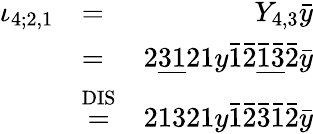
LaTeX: \begin{array}{rlr}{\iota_{4;2,1}}&{=}&{Y_{4,3}\bar{y}}\\ &{=}&{2\underline{{31}}21y\bar{1}\bar{2}\underline{{\bar{1}\bar{3}}}\bar{2}\bar{y}}\\ &{\stackrel{\mathrm{DIS}}{=}}&{21321y\bar{1}\bar{2}\bar{3}\bar{1}\bar{2}\bar{y}}\end{array}